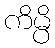
ကိမ္ပိ